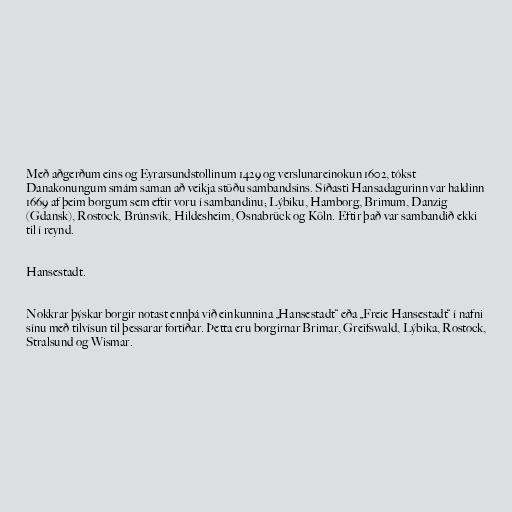
Með aðgerðum eins og Eyrarsundstollinum 1429 og verslunareinokun 1602, tókst
Danakonungum smám saman að veikja stöðu sambandsins. Síðasti Hansadagurinn var haldinn
1669 af þeim borgum sem eftir voru í sambandinu; Lýbiku, Hamborg, Brimum, Danzig
(Gdansk), Rostock, Brúnsvík, Hildesheim, Osnabrück og Köln. Eftir það var sambandið ekki
til í reynd.

Hansestadt.

Nokkrar þýskar borgir notast ennþá við einkunnina „Hansestadt“ eða „Freie Hansestadt“ í nafni
sínu með tilvísun til þessarar fortíðar. Þetta eru borgirnar Brimar, Greifswald, Lýbika, Rostock,
Stralsund og Wismar.